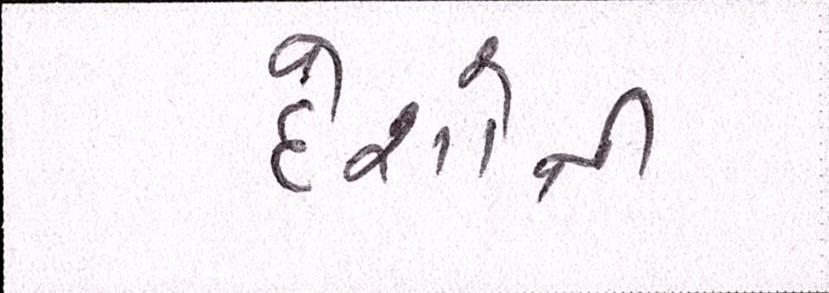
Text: દેશોની